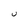
Character: U